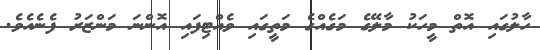
ހާލުގައި އޮތް މީހަކު މާލޭގެ މަގެއްގެ މަތީގައި ވެއްޓިފައި އޮންނަ މަންޒަރު ފެނެއެވެ.